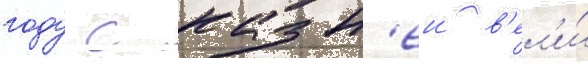
году с казн'еи в'ел'и́